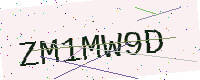
Text: ZM1MW9D